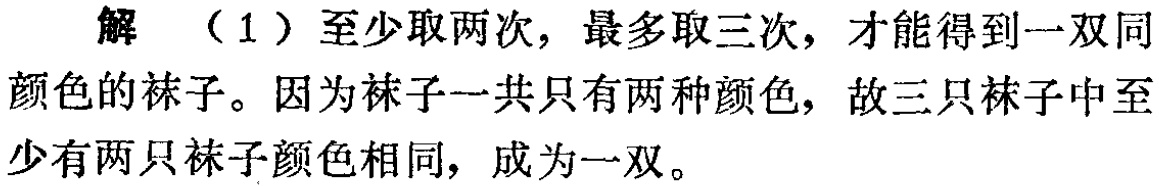
解 （1）至少取两次，最多取三次，才能得到一双同颜色的袜子。因为袜子一共只有两种颜色，故三只袜子中至少有两只袜子颜色相同，成为一双。